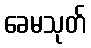
ခေမသုတ်